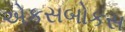
એકસબોકસ